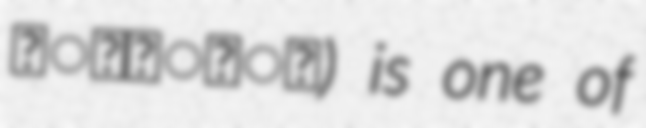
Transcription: शास्त्र) is one of